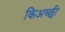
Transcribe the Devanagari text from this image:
किअच्छी